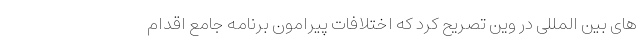
های بین المللی در وین تصریح کرد که اختلافات پیرامون برنامه جامع اقدام